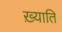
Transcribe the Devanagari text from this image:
ख़्याति